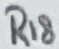
Text: R18